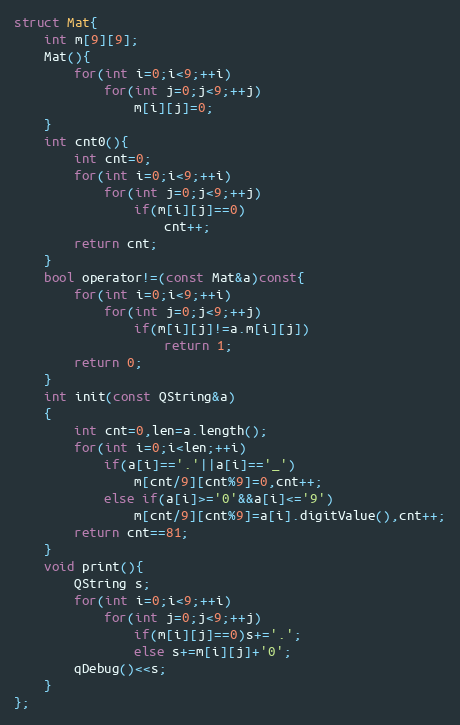
Language: C
struct Mat{
    int m[9][9];
    Mat(){
        for(int i=0;i<9;++i)
            for(int j=0;j<9;++j)
                m[i][j]=0;
    }
    int cnt0(){
        int cnt=0;
        for(int i=0;i<9;++i)
            for(int j=0;j<9;++j)
                if(m[i][j]==0)
                    cnt++;
        return cnt;
    }
    bool operator!=(const Mat&a)const{
        for(int i=0;i<9;++i)
            for(int j=0;j<9;++j)
                if(m[i][j]!=a.m[i][j])
                    return 1;
        return 0;
    }
    int init(const QString&a)
    {
        int cnt=0,len=a.length();
        for(int i=0;i<len;++i)
            if(a[i]=='.'||a[i]=='_')
                m[cnt/9][cnt%9]=0,cnt++;
            else if(a[i]>='0'&&a[i]<='9')
                m[cnt/9][cnt%9]=a[i].digitValue(),cnt++;
        return cnt==81;
    }
    void print(){
        QString s;
        for(int i=0;i<9;++i)
            for(int j=0;j<9;++j)
                if(m[i][j]==0)s+='.';
                else s+=m[i][j]+'0';
        qDebug()<<s;
    }
};